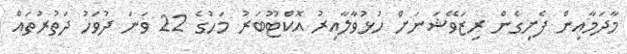
މާދަމާއިން ފެށިގެން ރިޒަވޭޝަނަށް ހުޅުވާލާއިރު އޮކްޓޫބަރު މަހުގެ 22 ވަނަ ދުވަހު ދަތުރުތައް